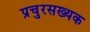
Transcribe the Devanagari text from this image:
प्रचुरसख्यक